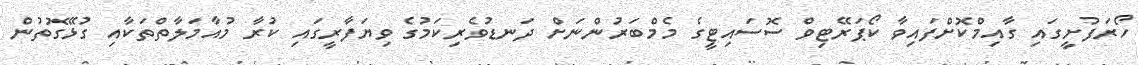
ހޯރަފުށީގައި ގާއިމްކޮށްފައިވާ ކޯޕަރޭޓިވް ސޮސައިޓީގެ މެމްބަރުންނަށް ދަނޑުވެރިކަމުގެ ވިޔަފާރީގައި ކުރާ މުއާމަލާާތްތަކާއި ގުޅޭގޮތުން